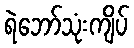
ရဲဘော်သုံးကျိပ်